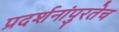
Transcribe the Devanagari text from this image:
प्रदर्शनांपुरतेच